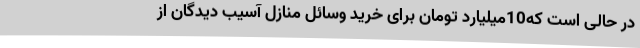
در حالی است که10میلیارد تومان برای خرید وسائل منازل آسیب دیدگان از